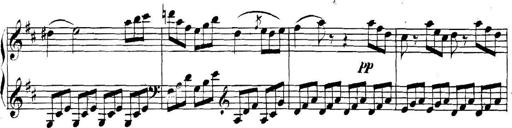
Title: Collected Piano Sonatas
Composer: Muzio Clementi